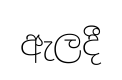
ඇලදී